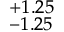
^ { + 1 . 2 5 } _ { - 1 . 2 5 }